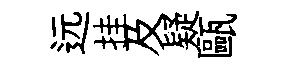
远挂及疑甌